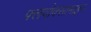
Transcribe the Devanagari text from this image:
फ्लवोक्सामाइन